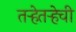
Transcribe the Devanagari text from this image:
तर्‍हेतर्‍हेची